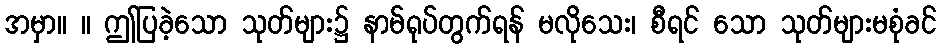
အမှာ။ ။ ဤပြခဲ့သော သုတ်များ၌ နာမ်ရုပ်တွက်ရန် မလိုသေး၊ စီရင် သော သုတ်များမစုံခင်